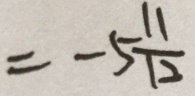
= - 5 \frac { 1 1 } { 1 2 }